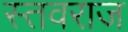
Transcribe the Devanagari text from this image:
स्तवराज